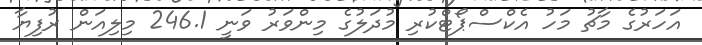
އަހަރުގެ މާޗު މަހު އެކްސްޕޯޓްކުރި މުދަލުގެ މިންވަރު ވަނީ 246.1 މިލިއަން ރުފިޔާ